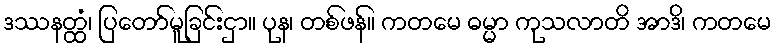
ဒဿနတ္ထံ၊ ပြတော်မူခြင်းငှာ။ ပုန၊ တစ်ဖန်။ ကတမေ ဓမ္မာ ကုသလာတိ အာဒိ၊ ကတမေ